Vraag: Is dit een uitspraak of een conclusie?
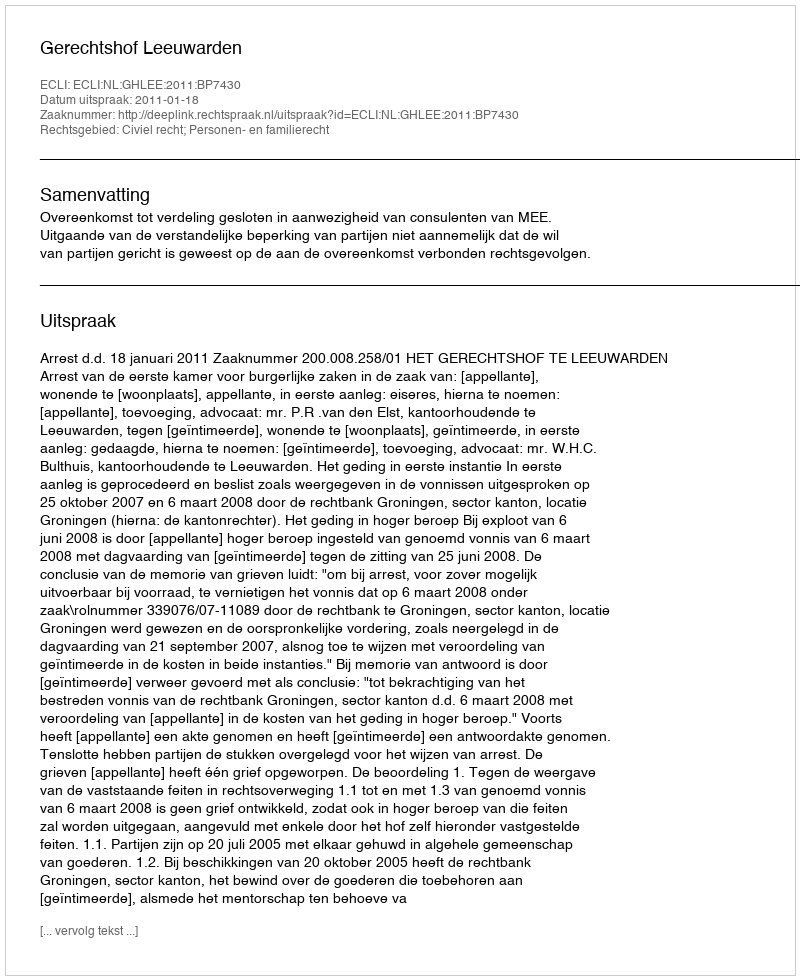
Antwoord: Uitspraak